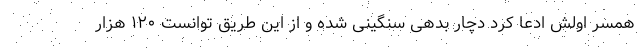
همسر اولش ادعا کرد دچار بدهی سنگینی شده و از این طریق توانست ۱۲۰ هزار